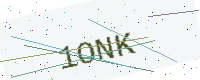
Text: 1ONK